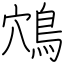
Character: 鴪